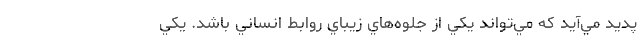
پديد مي‌آيد که مي‌تواند يکي از جلوه‌هاي زيباي روابط انساني باشد. يکي